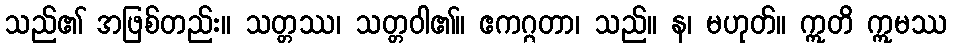
သည်၏ အဖြစ်တည်း။ သတ္တဿ၊ သတ္တဝါ၏။ ဧကဂ္ဂတာ၊ သည်။ န၊ မဟုတ်။ ဣတိ ဣမဿ